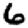
Digit: 6